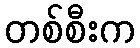
တစ်စီးက